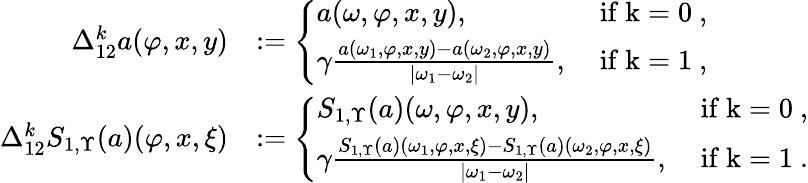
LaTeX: \begin{array}{rl}{\Delta_{12}^{k}a(\varphi,x,y)}&{:=\left\{ \begin{array}{ll}{a(\omega,\varphi,x,y),}&{\mathrm{~if~k=0~,}}\\ {\gamma\frac{a(\omega_{1},\varphi,x,y)-a(\omega_{2},\varphi,x,y)}{|\omega_{1}-\omega_{2}|},}&{\mathrm{~if~k=1~},}\end{array}\right.}\\ {\Delta_{12}^{k}S_{1,\Upsilon}(a)(\varphi,x,\xi)}&{:=\left\{ \begin{array}{ll}{S_{1,\Upsilon}(a)(\omega,\varphi,x,y),}&{\mathrm{~if~k=0~,}}\\ {\gamma\frac{S_{1,\Upsilon}(a)(\omega_{1},\varphi,x,\xi)-S_{1,\Upsilon}(a)(\omega_{2},\varphi,x,\xi)}{|\omega_{1}-\omega_{2}|},}&{\mathrm{~if~k=1~}.}\end{array}\right.}\end{array}